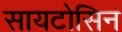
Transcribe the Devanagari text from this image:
सायटोसिन